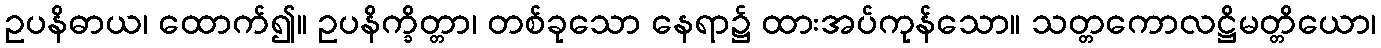
ဥပနိဓာယ၊ ထောက်၍။ ဥပနိက္ခိတ္တာ၊ တစ်ခုသော နေရာ၌ ထားအပ်ကုန်သော။ သတ္တကောလဋ္ဌိမတ္တိယော၊